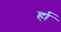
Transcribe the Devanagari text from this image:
र्हा